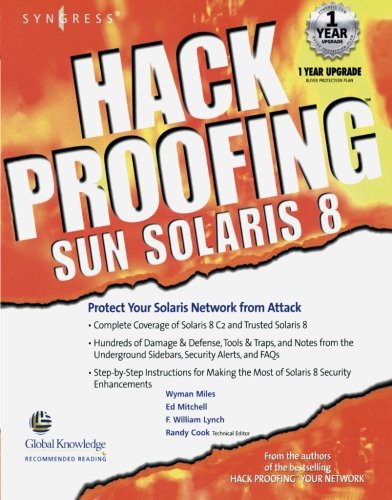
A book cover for Hack Proofing Sun Solaris 8; Syngress; Computers & Technology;